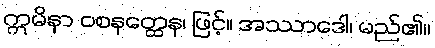
ဣမိနာ ဝစနတ္ထေန၊ ဖြင့်။ အဿာဒေါ၊ မည်၏။